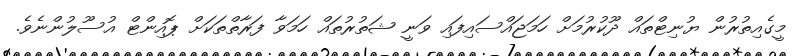
މީގެއިތުރުން ޔުނިޓްތައް ދޫކުރުމަށް ހަމަޖައްސައިފައި ވަނީ ޝަތުރުތައް ހަމަވާ ފަރާތްތަކަށް ޕޮއިންޓް އުސޫލުންނެވެ.